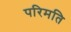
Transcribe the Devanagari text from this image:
परिमति